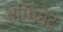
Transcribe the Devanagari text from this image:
अग्मिनैट